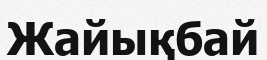
Жайықбай